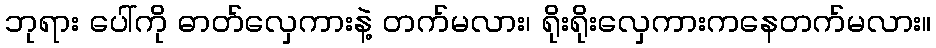
ဘုရား ပေါ်ကို ဓာတ်လှေကားနဲ့ တက်မလား၊ ရိုးရိုးလှေကားကနေတက်မလား။